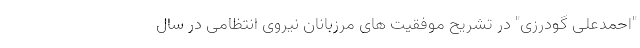
"احمدعلی گودرزی" در تشریح موفقیت های مرزبانان نیروی انتظامی در سال